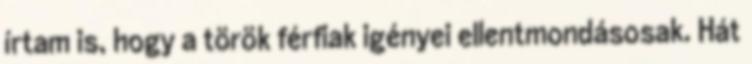
írtam is, hogy a török férfiak igényei ellentmondásosak. Hát